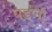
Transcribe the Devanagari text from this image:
घडणा